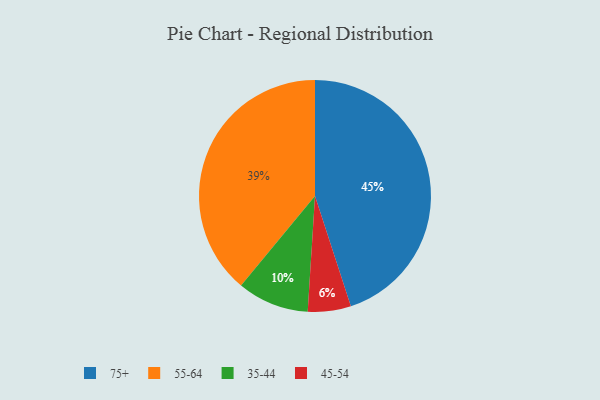
{"axis": {"x": "Category", "y": "Percentage"}, "legend": ["35-44", "45-54", "55-64", "75+"], "data": [{"x": "35-44", "y": 10, "type": "35-44"}, {"x": "55-64", "y": 39, "type": "55-64"}, {"x": "45-54", "y": 6, "type": "45-54"}, {"x": "75+", "y": 45, "type": "75+"}]}